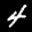
Digit: 4